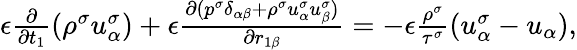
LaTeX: \begin{array}{r}{\begin{array}{r}{\epsilon\frac{\partial}{\partial t_{1}}(\rho^{\sigma}u_{\alpha}^{\sigma})+\epsilon\frac{\partial(p^{\sigma}\delta_{\alpha\beta}+\rho^{\sigma}u_{\alpha}^{\sigma}u_{\beta}^{\sigma})}{\partial r_{1\beta}}=-\epsilon\frac{\rho^{\sigma}}{\tau^{\sigma}}(u_{\alpha}^{\sigma}-u_{\alpha}),}\end{array}}\end{array}